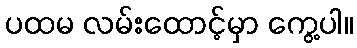
ပထမ လမ်းထောင့်မှာ ကွေ့ပါ။